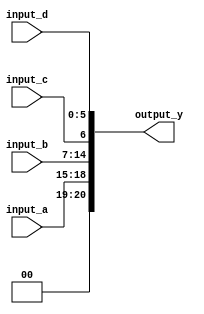
module concatenation_example (
    input wire [3:0] input_a,     // 4-bit input
    input wire [7:0] input_b,     // 8-bit input
    input wire input_c,           // 1-bit input
    input wire [5:0] input_d,     // 6-bit input
    output wire [20:0] output_y    // Output width is 20 bits (4 + 8 + 1 + 6)
);

// Continuous assignment using concatenation
assign output_y = {input_a, input_b, input_c, input_d};

endmodule